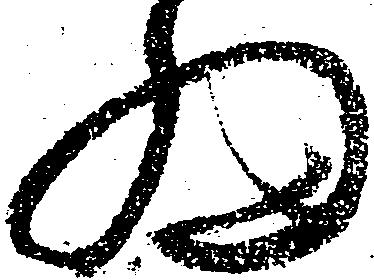
細